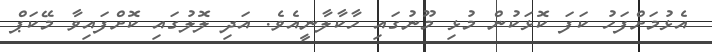
އެޅުމަށްފަހު ކަފަ ކޮޅަކުން މުޅި މޫނުގައި ހާކާލާނީއެވެ. އަދި ލޮލުގައި ކޮށްފައިވާ މޭކަޕް